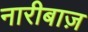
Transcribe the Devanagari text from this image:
नारीबाज़